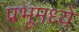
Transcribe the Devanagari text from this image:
प्रभूमध्ये